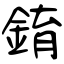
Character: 錥